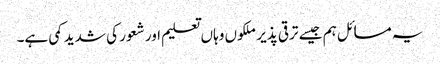
یہ مسائل ہم جیسے ترقی پذیر ملکوں وہاں تعلیم اور شعور کی شدید کمی ہے۔